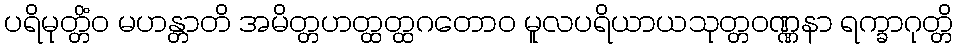
ပရိမုတ္တိံဝ မဟန္တာတိ အမိတ္တဟတ္ထတ္ထဂတောဝ မူလပရိယာယသုတ္တဝဏ္ဏနာ ရက္ခာဂုတ္တိ